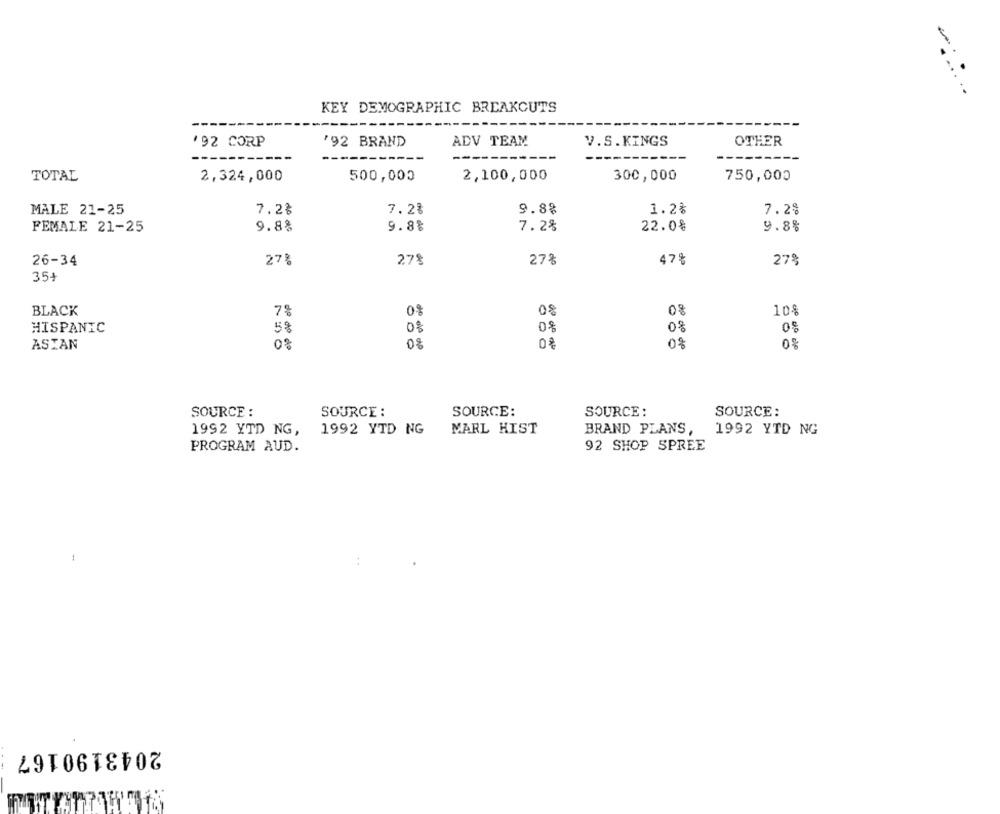
KEY DEMOGRAPHIC BREAKOUTS
'92 CORP
'92 BRAND
ADV TEAM
V.S.KINGS
OTHER
TOTAL
2,324,000
500,000
2,100,000
300,000
750,000
MALE 21-25
7.28
7.2%
9.88
1.2%
7.2%
9.8%
9.8%
7.2%
22.0%
9.8%
FEMALE 21-25
26-34
27%
278
278
47%
27%
35+
08
08
BLACK
7%
10%
0%
HISPANIC
5%
0 %
08
0%
ASIAN
0%
0%
0%
0%
SOURCE :
SOURCE :
SOURCE:
SOURCE :
SOURCE:
1992 YTD NG,
1992 YTD NG
MARL HIST
BRAND PLANS,
1992 YTD NG
PROGRAM AUD.
92 SHOP SPREE
-
2043190167